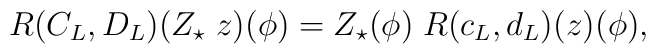
R(C_{L},D_{L})(Z_{\star}\;z)(\phi)=   Z_{\star}(\phi)\;   R(c_{L},d_{L})(z)(\phi),